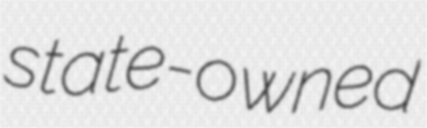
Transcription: state-owned